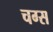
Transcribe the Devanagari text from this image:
चग्स